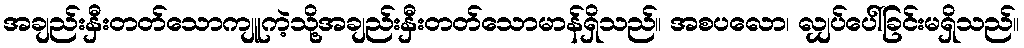
အချည်းနှီးတတ်သောကျူကဲ့သို့အချည်းနှီးတတ်သောမာန်ရှိသည်။ အစပလော၊ လျှပ်ပေါ်ခြင်းမရှိသည်။